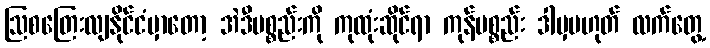
ဩစတြေးလျနိုင်ငံမှာတော့ အဲဒီပစ္စည်းကို ကုထုံးဆိုင်ရာ ကုန်ပစ္စည်း ဒါမှမဟုတ် လက်တွေ့